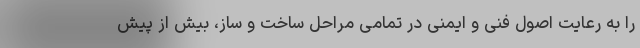
را به رعایت اصول فنی و ایمنی در تمامی مراحل ساخت و ساز، بیش از پیش